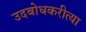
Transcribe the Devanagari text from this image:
उदबोधकरीत्या